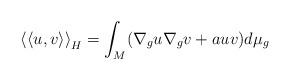
LaTeX: \begin{align*}\left\langle \left\langle u,v\right\rangle \right\rangle _{H}=\int_{M}(\nabla_{g}u\nabla_{g}v+auv)d\mu_{g}\end{align*}